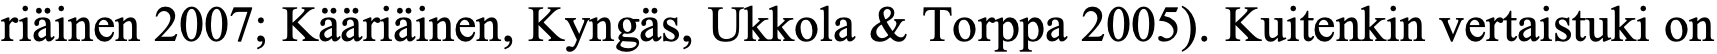
riäinen 2007; Kääriäinen, Kyngäs, Ukkola & Torppa 2005). Kuitenkin vertaistuki on